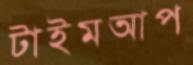
টাইমআপ